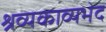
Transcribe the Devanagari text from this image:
श्रव्यकाव्यभेद